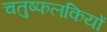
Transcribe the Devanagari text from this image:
चतुष्फलकियों